Calcutta medical institutions reports 1892-1900
Year: 1892
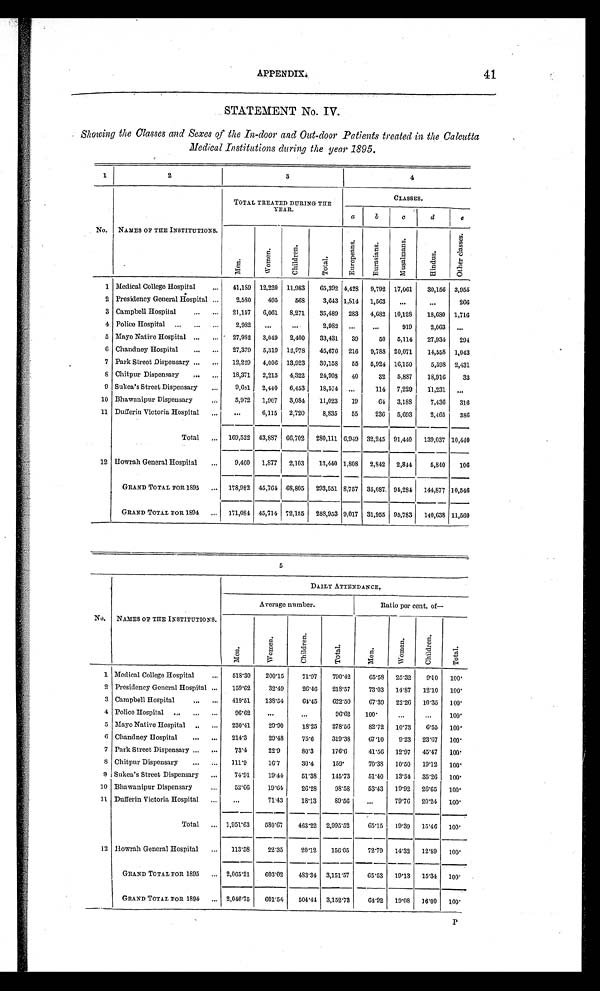
APPENDIX.
41
STATEMENT No. IV.
Showing the Classes and Sexes of the In-door and Out-door Patients treated in the Calcutta
Medical Institutions during the year 1895.
1
2
3
4
No. NAMES OF THE INSTITUTIONS.
TOTAL TREATED DURING THE
YEAR.
CLASSES.
a
b
c
d
e
M e n .
W o m e n .
C h i l d r e n .
T o t a l .
E u r o p e a n s .
E u r a s i a n s .
M u s a l m a n s .
H i n d u s .
O t h e r c l a s s e s .
1 Medical College Hospital . . .
41,189 12,220 11,983
65,392 4,428 9,792 17,061
30,156 3,955
2 Presidency General Hospital . . .
2,580
495
568
3,643 1,814 1,563
. . .
. . .
2 6 6
3 Campbell Hospital . . .
21,157
6,061 8,271
35,489 283 4,682 10,128
18,680 1,716
4 Police Hospital . . .
2,982
. . .
. . .
2,982
. . .
. . .
919
2,063
. . .
5 Mayo Native Hospital . . .
27,982 3,049
2,400
33,431
39
50 5,114
27,934
294
6 Chandney Hospital . . .
27,379 5,319 12,978
45,676 216
9,788 20,071
14,558 1,043
7 Park Street Dispensary . . .
12,229
4,006 13,923
30,158
55 5,924 16,150
5,598 2,431
8 Chitpur Dispensary . . .
18,371
2,215
4,322
24,908
40
32 5,887
18,916
33
9 Sukea's Street Dispensary . . .
9,681 2,440
6,453
18,574
. . .
114 7,229
11,231
. . .
10 Bhawanipur Dispensary . . .
5,972 1,967
3,084
11,023
19
64 3,188
7,436
316
11 Dufferin Victoria Hospital . . .
. . .
6,115
2,720
8,835
55
236 5,693
2,465
3 8 6
Total . . . 169,522 43,887 66,702 280,111 6,949 32,245 91,440
139,037 10,440
12 Howrah General Hospital . . .
9,460 1,877 2,103
13,440 1,808 2,842 2,844
5,840
106
GRAND TOTAL FOR 1895 . . . 178,982 45,764 68,805 293,551 8,757 35,087 94,284 144,877 10,546
GRAND TOTAL FOR 1894 . . . 171,084 45,714 72,155 288,953 9,017 31,955 95,783
140,638 11,560
5
No. NAMES OF THE INSTITUTIONS.
DAILY ATTENDANCE.
Average number.
Ratio per cent. of
—
M e n .
W o m e n .
C h i l d r e n .
T o t a l .
M e n .
W o m e n .
C h i l d r e n .
T o t a l .
1 Medical College Hospital . . .
518.30
200.15
71.97
790.42
65.58 25.32
9.10 100.
2 Presidency General Hospital . . .
159.62
32.49
26.46
218.57
73.03 14.87
12.10
100.
3 Campbell Hospital . . .
419.51
138.54
64.45
622.50
67.39
22.26 10.35
100.
4 Police Hospital . . .
96.62
. . .
. . .
96.62
100.
. . .
. . .
100.
5 Mayo Native Hospital . . .
230.41
29.90
18.25
278.56
82.72 10.73
6.55
100.
6 Chandney Hospital . . .
214.3
29.48
75.6
319.38
67.10
9.23 23.67
100.
7 Park Street Dispensary . . .
73.4
22.9
80.3
176.6
41.56 12.97
45.47
100.
8 Chitpur Dispensary . . .
111.9
16.7
30.4
159.
70.38 10.50
19.12 100.
9 Sukea's Street Dispensary . . .
74.91
19.44
51.38
145.73
51.40
13.34 35.26
100.
10 Bhawanipur Dispensary . . .
52.66
19.64
26.28
98.58
53.43 19.92 26.65
100.
11 Dufferin Victoria Hospital . . .
. . .
71.43
18.13
89.56
. . .
79.76 20.24 100.
Total . . . 1,951.63
580.67 463.22 2,995.52
65.15
19.39
15.46 100.
12 Howrah General Hospital . . .
113.58
22.35
20.12
156.05
72.79
14.32 12.89
100.
GRAND TOTAL FOR 1895 . . . 2,065.21
603.02
483.34 3,151.57
65.53 19.13 15.34
100.
GRAND TOTA
L F O R 1 8 9 4 . . . 2,046.75
601.54
504.44 3,152.73
64.92 19.08
16.00 100.